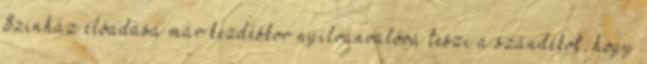
Színház előadása már kezdéskor nyilvánvalóvá teszi a szándékot, hogy